Calcutta medical institutions reports 1892-1900
Year: 1892
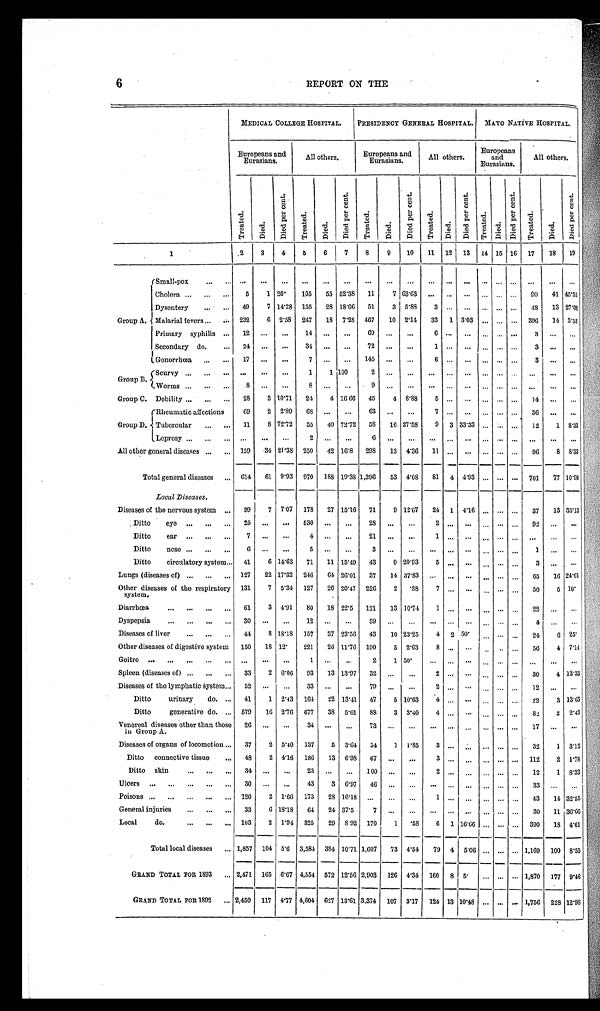
6
REPORT ON THE
MEDICAL COLLEGE HOSPITAL. PRESIDENCY GENERAL HOSPITAL. MAYO NATIVE HOSPITAL.
Europeans and
Eurasians.
All others.
Europeans and Eurasi ans.
All others.
Europeans and
Eurasians.
All others.
T r e a t e d . D i e d .
D i e d p e r c e n t .
Tr e a t e d .
D i e d .
D i e d p e r c e n t .
T r e a t e d .
D i e d .
D i e d p e r c e n t .
T r e a t e d .
D i e d .
D i e d p e r c e n t .
T r e a t e d .
D i e d .
D i e d p e r c e n t . T r e a t e d . D i e d .
D i e d p e r c e n t .
1
2 3
4
5 6 7 8 9 10 11 1 2 13 14 15 16 17 18 19
Group A.
Small-pox
Cholera
5 1 2 0 .
105 55 52.38 11 7 63.63
90 41 45. 55
Dysentery
49 7 14.28 155 28 18.06 51 3 5.88 3
48 13 27.08
Malarial fevers
232 6 2.58 247 18 7.28 467 10 2.14 33 1 3.03
396 14 3.53
Primary syphilis
12
14
69
Secondary do.
24
31
72
Gonorrhœa
17
7
145
Group B.
Scurvy
1 1 100
2
Worms
8
8
9
Group C. Debility
28 3 10.71 24 4 16 66 45 4 8.88 5
14
Group D.
Rheumatic affections
69 2 2.89 68
63
Tubercular
11 8 72.72 55 40 72.72 58 16 27.58 9 3 33.33
12 1 8.33
L e p r o s y
2
6
All other general diseases
159 34 21.38 250 42 16.8 298 13 4.36 11
96 8 8.33
Total general diseases
614 61 9.93 970 188 19.38 1,296 53 4.08 81 4 4.93
701 77 10.98
Local Diseases.
Diseases of the nervous system
99 7 7.07 178 27 15.16 71 9 12.67 24 1 4.16
37 13 35.13
Ditto eye
25
630
28
Ditto ear
7
Ditto nose
6
5
3
1
Ditto circulatory system 41 6 14.63 71 11 15.49 43 9 20.93 5
Lungs (diseases of)
127 22 17.32 246 64 26.01 37 14 17.83
65 16 24.61
Other diseases of the respiratory
system.
131 7 5.31 127 26 20.47 226 2
. 8 8 7
50 6 10
Diarrhœa
61 3 4.91 80 18 22.5 121 13 10.74 1
22
D y s p e p s i a 3 0
1 2
5 9
4
Diseases of liver
44 8 18.18 157 37 23.56 43 10 23.25 4 2 50.
24 6 25
Other diseases of digestive system 150 18 12 221 26 11.76 190 5 2.63
8
56 4 7.14
G o i t r e
1
2 1 50
Spleen (diseases of) 33 2 6.06 93 13 13.97 32
2
30 4 13.33
Diseases of the lymphatic system
52
33
79
2
Ditto urinary do.
41 1 2.43 161 22 13.41 47 5 10.63 4
22 3 13.63
Ditto generative do.
579 16 2.76 677 38 5.61 88 3 3.40 4
82 2 2.43
Venereal diseases other than those
in Group A.
26
34
73
17
Diseases of organs of locomotion
37 2 5.40 137 5 3.64 54 1 1 . 8 5
3
32 1 3.12
Ditto connective tissue
43 2 4.16 186 13 6.93 67
3
112 2 1.78
Ditto skin
2
12 1 8.33
Ulcers
30
43 3 6.97 46
Poisons
120 2 1.66 173 28 16.18
1
43 14 32.55
General injuries
33 6 18.18 64 24 37.5
7
30 11 36.66
Local do. 103 2 1.94 325 29 S 92 170 1
. 5 8 6 1 16.66
390 18 4.61
Total local diseases
1,857 104 5.6 3,584 384 10.71 1,607 73 4.' 51 79
4
5.06
1,169 100 8.' 55
GRAND TOTAL FOR 1893
2,471 165 6.67 4,554 572 12.56 2,903 126 4.34 160 8 5
1,870 177 9.46
GRAND TOTAL FOR 1892
2,450 117 4.77 4,604 627 13.61 3,374 107 317 124 13 10.48
1,756 228 12.98